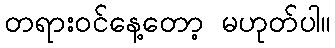
တရားဝင်နေ့တော့ မဟုတ်ပါ။